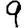
Digit: 9